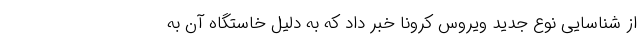
از شناسایی نوع جدید ویروس کرونا خبر داد که به دلیل خاستگاه آن به